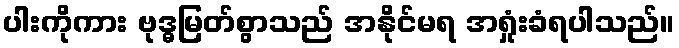
ပါးကိုကား ဗုဒ္ဓမြတ်စွာသည် အနိုင်မရ အရှုံးခံရပါသည်။